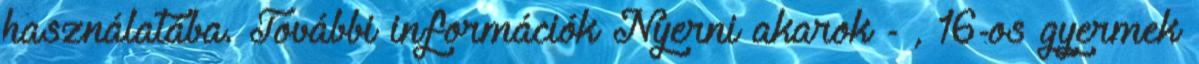
használatába. További információk Nyerni akarok - , 16-os gyermek